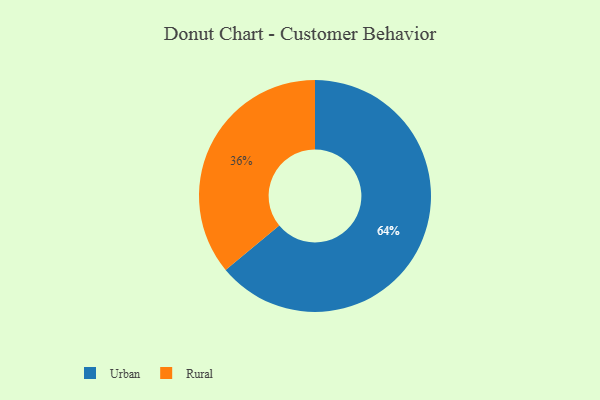
{"axis": {"x": "Category", "y": "Percentage"}, "legend": ["Rural", "Urban"], "data": [{"x": "Urban", "y": 64, "type": "Urban"}, {"x": "Rural", "y": 36, "type": "Rural"}]}